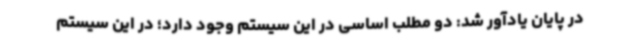
در پایان یادآور شد: دو مطلب اساسی در این سیستم وجود دارد؛ در این سیستم